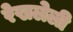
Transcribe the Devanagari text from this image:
रेखलेली